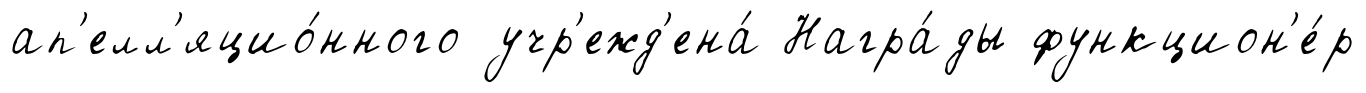
ап'елл'яцио́нного учр'ежд'ена́ Награ́ды функцион'е́р